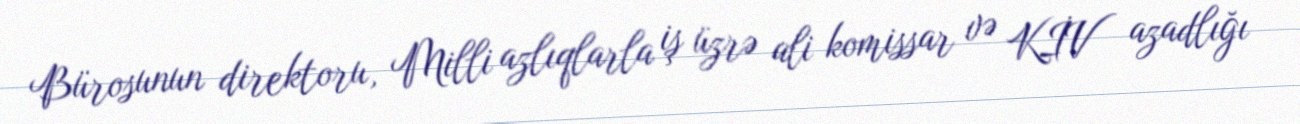
Bürosunun direktoru, Milli azlıqlarla iş üzrə ali komissar və KİV azadlığı